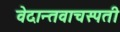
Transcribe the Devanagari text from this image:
वेदान्तवाचस्पती